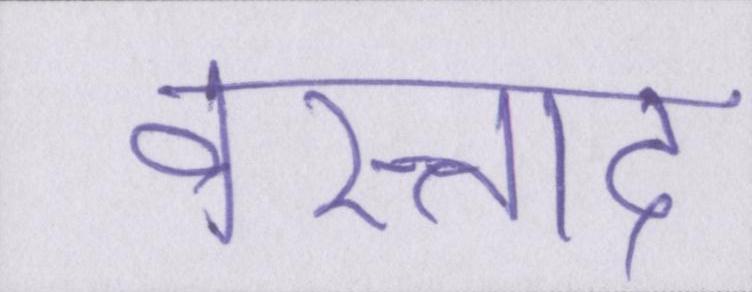
वस्ताद